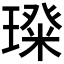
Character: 𭹵